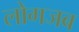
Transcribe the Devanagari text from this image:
लोगजब